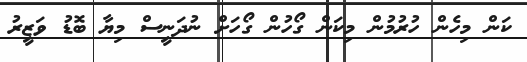
ކަން މިހެން ހުރުމުން މިކަން ގޯހުން ގޯހަށް ނުދަނީސް މިޔާ ބޮޑު ވަޒީރު